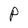
Character: P